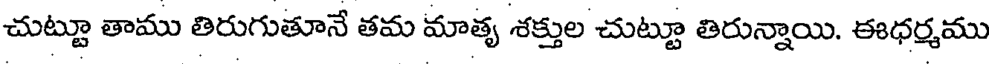
చుట్టూ తాము తిరుగుతూనే తమ మాతృ శక్తుల చుట్టూ తిరున్నాయి. ఈధర్మము